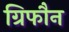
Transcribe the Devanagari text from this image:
ग्रिफौन